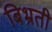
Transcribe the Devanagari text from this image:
बिभ्रती